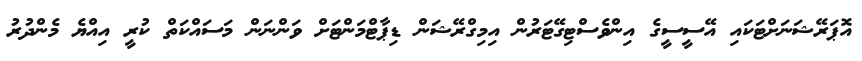
އޮޕަރޭޝަނަށްޓަކައި އޭސީސީގެ އިންވެސްޓިގޭޓަރުން އިމިގްރޭޝަން ޑިޕާޓްމަންޓަށް ވަންނަން މަސައްކަތް ކުރީ އިއްޔެ މެންދުރު